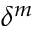
\delta ^ { m }